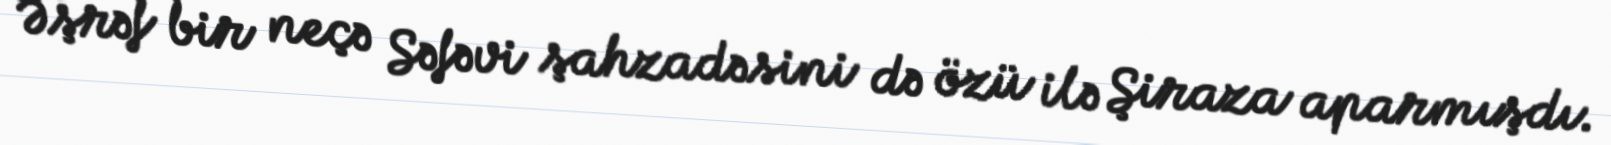
Əşrəf bir neçə Səfəvi şahzadəsini də özü ilə Şiraza aparmışdı.